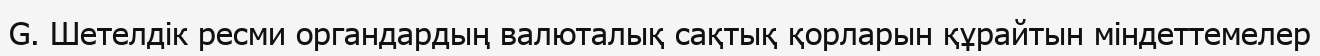
G. Шетелдік ресми органдардың валюталық сақтық қорларын құрайтын міндеттемелер